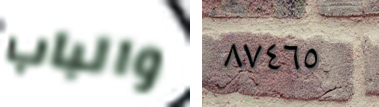
والباب ٨٧٤٦٥